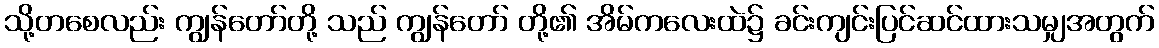
သို့တစေလည်း ကျွန်တော်တို့ သည် ကျွန်တော် တို့၏ အိမ်ကလေးထဲ၌ ခင်းကျင်းပြင်ဆင်ထားသမျှအတွက်